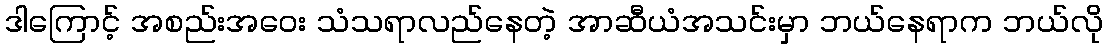
ဒါကြောင့် အစည်းအဝေး သံသရာလည်နေတဲ့ အာဆီယံအသင်းမှာ ဘယ်နေရာက ဘယ်လို